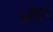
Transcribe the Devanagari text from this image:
इरोड।